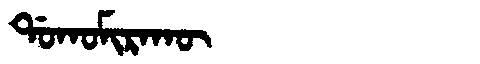
Manchu: ᡩᠣᡴᠣᠮᡳᡵᠠᡴᡡ
Romanization: DOKOMIRAKŪ